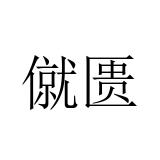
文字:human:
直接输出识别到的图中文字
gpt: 僦匮